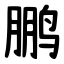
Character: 鹏